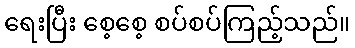
ရေးပြီး စေ့စေ့ စပ်စပ်ကြည့်သည်။